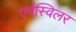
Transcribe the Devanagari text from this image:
एर्नस्विलर